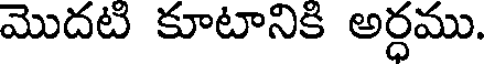
మొదటి కూటానికి అర్ధము.